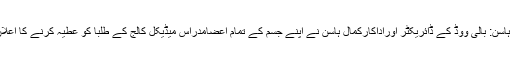
کمال ہاسن: بالی ووڈ کے ڈائریکٹر اوراداکارکمال ہاسن نے اپنے جسم کے تمام اعضامدراس میڈیکل کالج کے طلبا کو عطیہ کرنے کا اعلان کیا۔